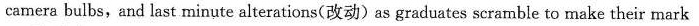
camera bulbs,and last minute alterations(改动)as graduates scramble to make their mark